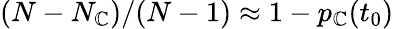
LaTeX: (N-N_{\mathbb{C}})/(N-1)\approx1-p_{\mathbb{C}}(t_{0})